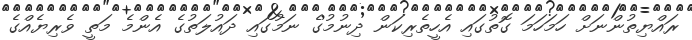
ރައްޔިތުންނަށް ހަމަހަމަ ގޮތުގައި އެހީތެރިކަން ދިނުމުގެ ނަމުގައި ދައުލަތުގެ އެންމެ މަތީ ވެރިޔެއްގެ